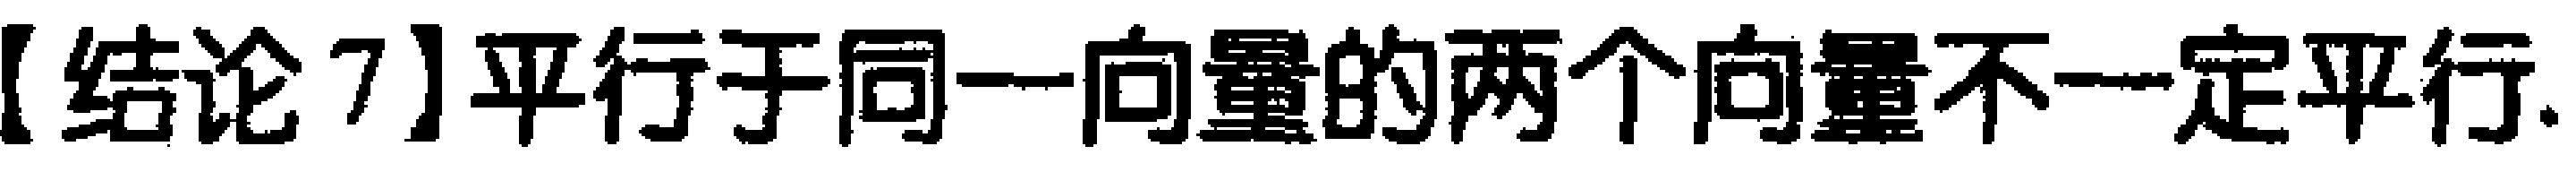
【结论7】平行于同一向量的两个向量不一定平行.